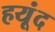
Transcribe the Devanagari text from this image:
हयूंद